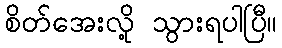
စိတ်အေးလို့ သွားရပါပြီ။